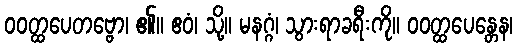
ဝဝတ္ထပေတဗ္ဗော၊ ၏။ ဧဝံ၊ သို့။ မနဂ္ဂံ၊ သွားရာခရီးကို။ ဝဝတ္ထပေန္တေန၊